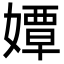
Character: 㜤